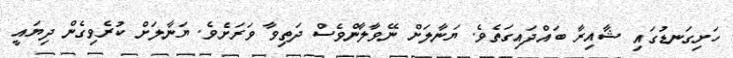
ހަށިގަނޑުގައި ޝާއިރާ ބައްދައިގަތެވެ. ޔަނާލަށް ނޭވާލާންވެސް ދަތިވާ ވަރަށެވެ. ޔަނާލަށް ކުރެވިގެން ދިޔައީ